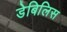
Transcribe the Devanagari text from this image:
डेबिलिस